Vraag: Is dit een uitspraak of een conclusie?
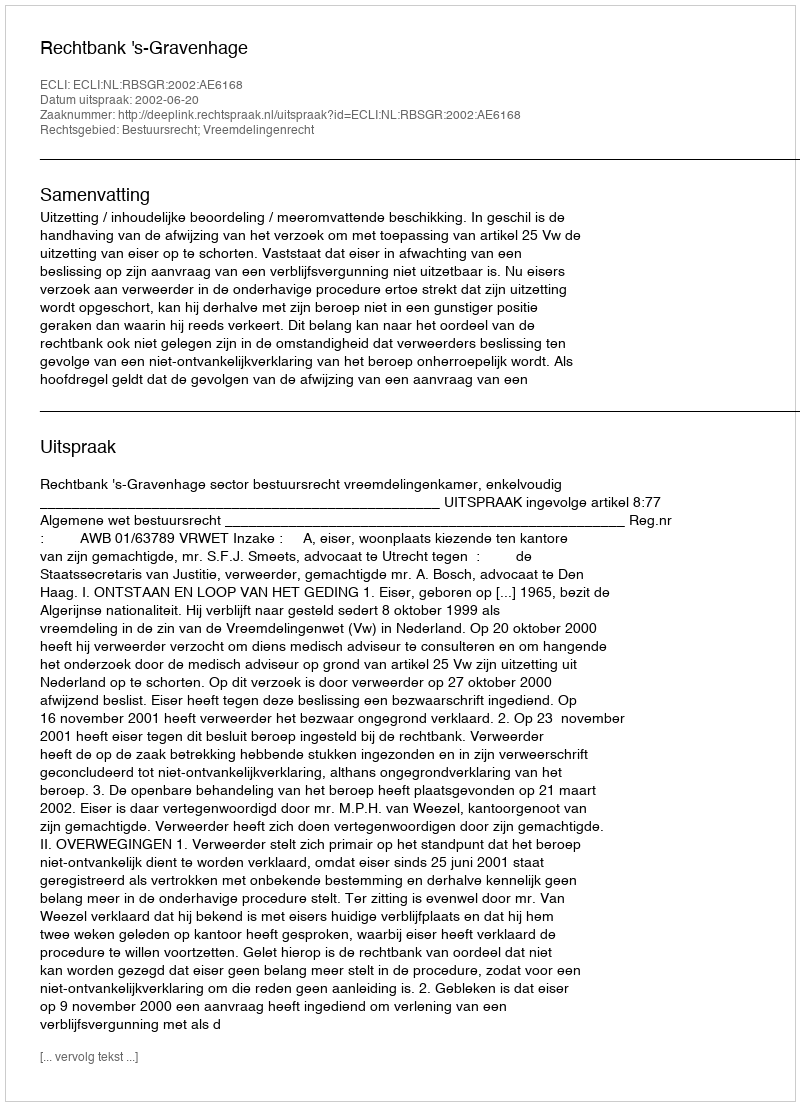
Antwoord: Uitspraak